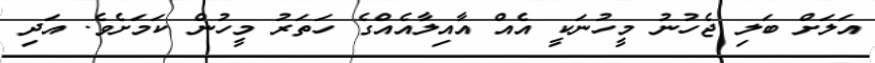
އަލަށް ބަލި ޖެހުނު މީހުނަކީ އެއް އާއިލާއެއްގެ ހަތަރު މީހުން ކަމަށެވެ. އަދި